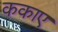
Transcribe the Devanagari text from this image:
ककाए